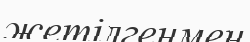
жетілгенмен